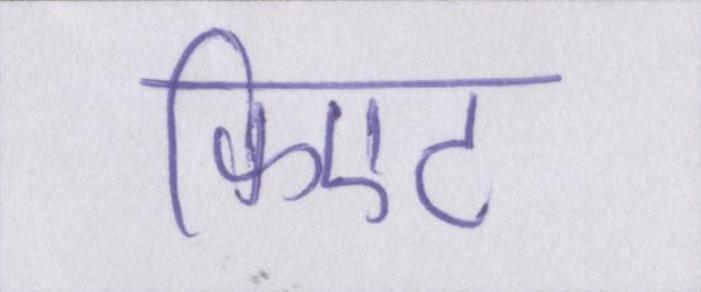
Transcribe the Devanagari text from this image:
फिएट